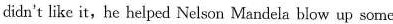
didn't like it,he helped Nelson Mandela blow up some